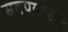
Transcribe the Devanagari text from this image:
स्रवण्याच्या